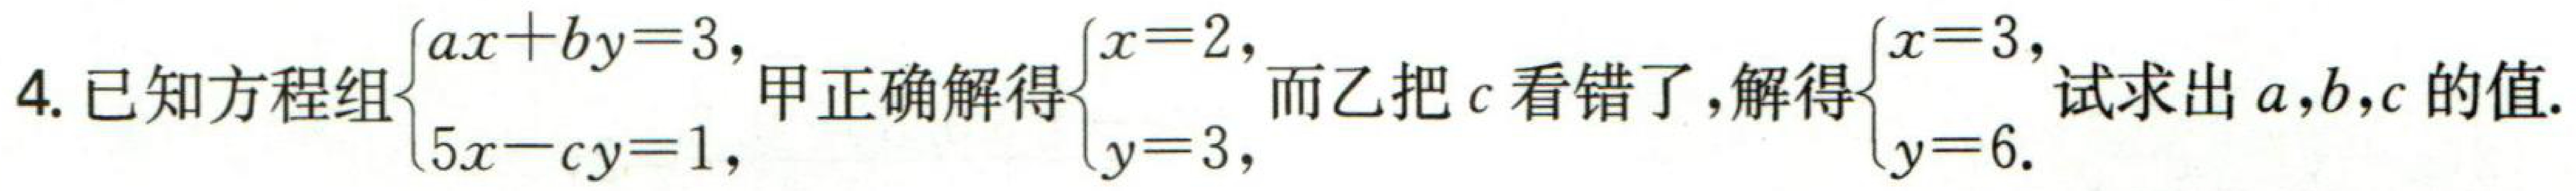
已知方程组\(\begin{cases}ax + by = 3,\\5x - cy = 1,\end{cases}\)甲正确解得\(\begin{cases}x = 2,\\y = 3,\end{cases}\)而乙把\(c\)看错了，解得\(\begin{cases}x = 3,\\y = 6.\end{cases}\)试求出\(a,b,c\)的值.